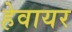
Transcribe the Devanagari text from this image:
हेवायर